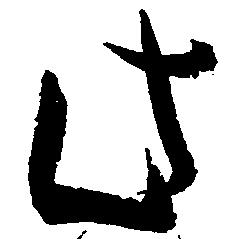
此